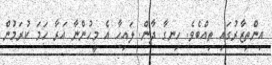
އިންތިޒާރުގައި ތިއްބެވެ. ހިނގާ ދާން. ލައިހާ އެ މީހުންނާ އަރާ ހަމަ ކުރަމުން